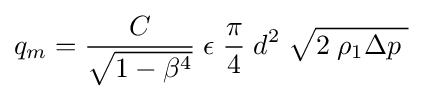
q_{m}={\frac {C}{\sqrt {1-\beta ^{4}}}}\;\epsilon \;{\frac {\pi }{4}}\;d^{2}\;{\sqrt {2\;\rho _{1}\Delta p\;}}